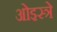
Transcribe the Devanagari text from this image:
ओइस्त्रे